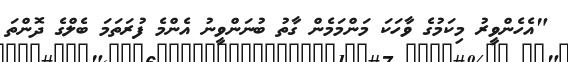
"އެހެންވީރު މިކަމުގެ ވާހަކަ މަންމަމެން ގާތު ބުނަންވީނު އެންމެ ފުރަތަމަ ބެލްގެ ދޮންތަ